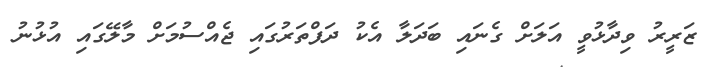
ޒަރީރު ވިދާޅުވީ އަލަށް ގެނައި ބަދަލާ އެކު ދަފްތަރުގައި ޖެއްސުމަށް މާލޭގައި އުޅުނުު